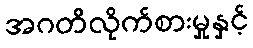
အဂတိလိုက်စားမှုနှင့်